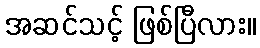
အဆင်သင့် ဖြစ်ပြီလား။